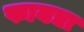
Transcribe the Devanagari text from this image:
फायद्या